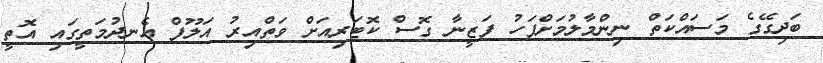
ބަދިގޭގެ މަސައްކަތް ނިންމާލުމަށްފަހު ފަޒީނާ ގޮސް ކޮޓަރިއަށް ވަތްއިރު އަލޫފް އެނދުމަތީގައި އޮތީ